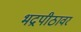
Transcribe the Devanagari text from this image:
भद्रपीठावर